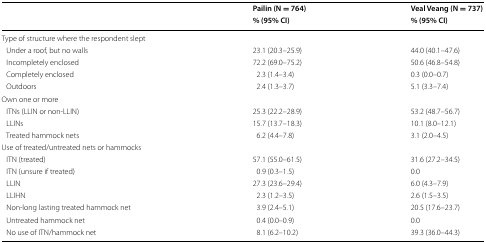
<table><thead><tr><td rowspan="2"></td><td><b>Pailin (N = 764)</b></td><td><b>Veal Veang (N = 737)</b></td></tr><tr><td><b>% (95% CI)</b></td><td><b>% (95% CI)</b></td></tr></thead><tbody><tr><td colspan="3">Type of structure where the respondent slept</td></tr><tr><td> Under a roof, but no walls</td><td>23.1 (20.3–25.9)</td><td>44.0 (40.1–47.6)</td></tr><tr><td> Incompletely enclosed</td><td>72.2 (69.0–75.2)</td><td>50.6 (46.8–54.8)</td></tr><tr><td> Completely enclosed</td><td>2.3 (1.4–3.4)</td><td>0.3 (0.0–0.7)</td></tr><tr><td> Outdoors</td><td>2.4 (1.3–3.7)</td><td>5.1 (3.3–7.4)</td></tr><tr><td colspan="3">Own one or more</td></tr><tr><td> ITNs (LLIN or non-LLIN)</td><td>25.3 (22.2–28.9)</td><td>53.2 (48.7–56.7)</td></tr><tr><td> LLINs</td><td>15.7 (13.7–18.3)</td><td>10.1 (8.0–12.1)</td></tr><tr><td> Treated hammock nets</td><td>6.2 (4.4–7.8)</td><td>3.1 (2.0–4.5)</td></tr><tr><td colspan="3">Use of treated/untreated nets or hammocks</td></tr><tr><td> ITN (treated)</td><td>57.1 (55.0–61.5)</td><td>31.6 (27.2–34.5)</td></tr><tr><td> ITN (unsure if treated)</td><td>0.9 (0.3–1.5)</td><td>0.0</td></tr><tr><td> LLIN</td><td>27.3 (23.6–29.4)</td><td>6.0 (4.3–7.9)</td></tr><tr><td> LLIHN</td><td>2.3 (1.2–3.5)</td><td>2.6 (1.5–3.5)</td></tr><tr><td> Non-long lasting treated hammock net</td><td>3.9 (2.4–5.1)</td><td>20.5 (17.6–23.7)</td></tr><tr><td> Untreated hammock net</td><td>0.4 (0.0–0.9)</td><td>0.0</td></tr><tr><td> No use of ITN/hammock net</td><td>8.1 (6.2–10.2)</td><td>39.3 (36.0–44.3)</td></tr></tbody></table>